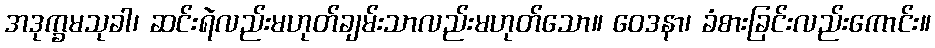
အဒုက္ခမသုခါ၊ ဆင်းရဲလည်းမဟုတ်ချမ်းသာလည်းမဟုတ်သော။ ဝေဒနာ၊ ခံစားခြင်းလည်းကောင်း။